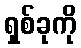
ရှစ်ခုကို